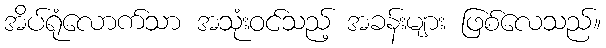
အိပ်ရုံလောက်သာ အသုံးဝင်သည့် အခန်းများ ဖြစ်လေသည်။